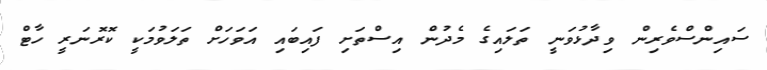
ސައިންސްވެރިން ވިދާޅުވަނީ ތަލައިގެ މެދުން އިސްތަށި ފައިބައި އަވަހަށް ތަލަވުމަކީ ކޮރޮނަރީ ހާޓް